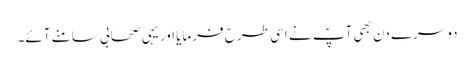
دوسرے دن بھی آپؐ نے اسی طرح فرمایا اور یہی صحابی سامنے آئے۔